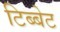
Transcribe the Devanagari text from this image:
टिब्बेट